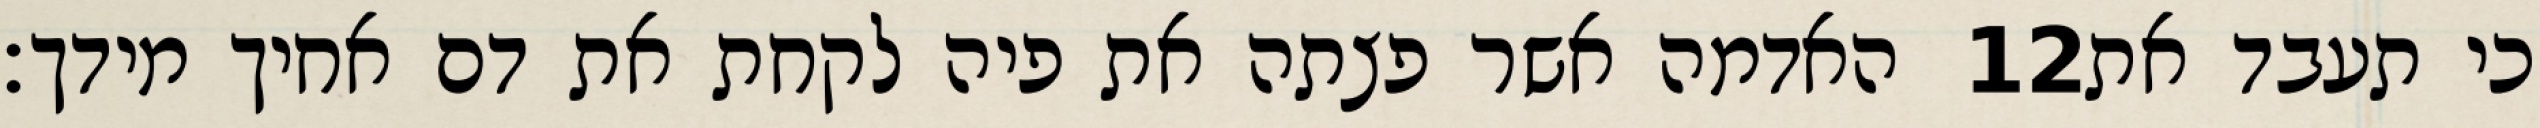
האדמה אשר פצתה את פיה לקחת את דם אחיך מידך׃ ‎12‏ כי תעבד את